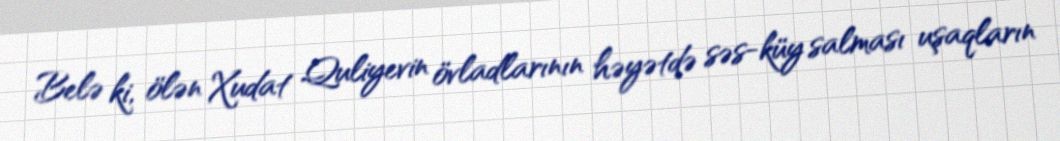
Belə ki, ölən Xudat Quliyevin övladlarının həyətdə səs-küy salması uşaqların